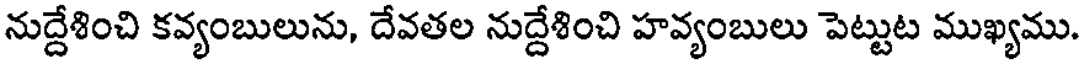
నుద్దేశించి కవ్యంబులును, దేవతల నుద్దేశించి హవ్యంబులు పెట్టుట ముఖ్యము.